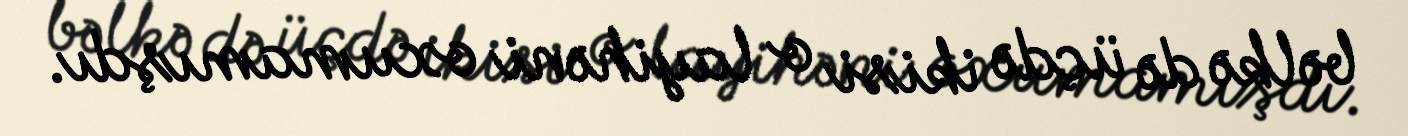
bəlkə də üçdə ikisi o layihəni oxumamışdı.